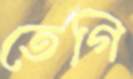
তেগি